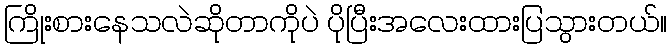
ကြိုးစားနေသလဲဆိုတာကိုပဲ ပိုပြီးအလေးထားပြသွားတယ်။